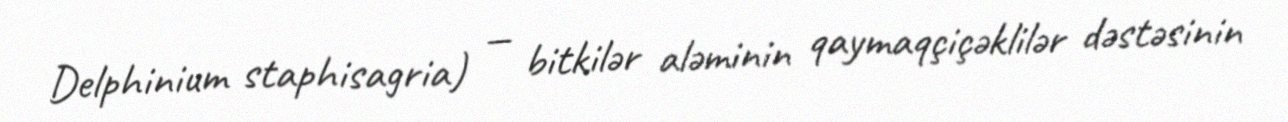
Delphinium staphisagria) — bitkilər aləminin qaymaqçiçəklilər dəstəsinin